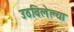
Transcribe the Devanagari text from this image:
उठविलेल्या